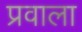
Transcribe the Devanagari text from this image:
प्रवाला